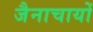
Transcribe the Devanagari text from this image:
जैनाचायों